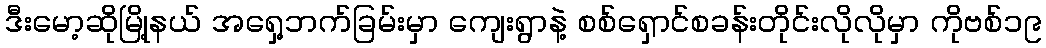
ဒီးမော့ဆိုမြို့နယ် အရှေ့ဘက်ခြမ်းမှာ ကျေးရွာနဲ့ စစ်ရှောင်စခန်းတိုင်းလိုလိုမှာ ကိုဗစ်၁၉